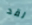
لقد